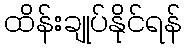
ထိန်းချုပ်နိုင်ရန်